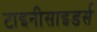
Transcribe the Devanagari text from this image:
टाइनीसाइडर्स